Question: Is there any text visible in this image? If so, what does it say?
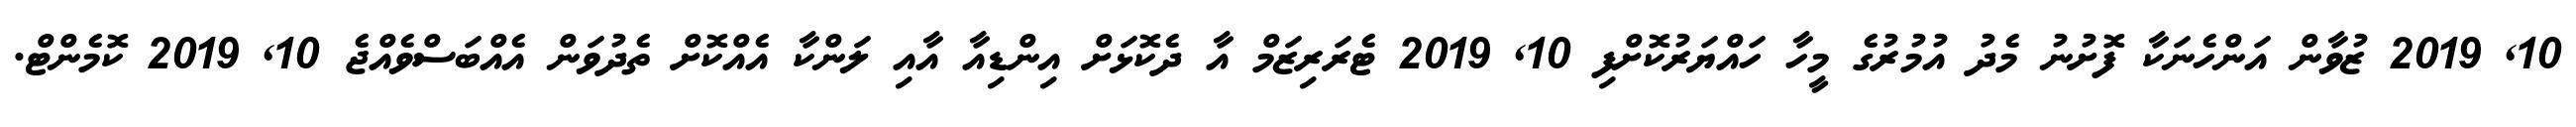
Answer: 10, 2019 ޒުވާން އަންހެނަކާ ފޮށުނު މެދު އުމުރުގެ މީހާ ހައްޔަރުކޮށްފި 10, 2019 ޓެރަރިޒަމް އާ ދެކޮޅަށް އިންޑިއާ އާއި ލަންކާ އެއްކޮށް ތެދުވަން އެއްބަސްވެއްޖެ 10, 2019 ކޮމެންޓް.